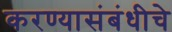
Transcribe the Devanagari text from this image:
करण्यासंबंधीचे